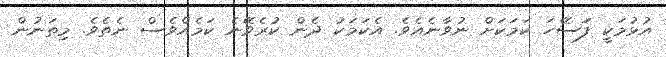
އުޅުމަކީ ފަަސޭހަ ކަމަކަށް ނުވާނެއެވެ. އެކަމަކު ދެން ކުރެވޭނެ ކަމެއްވެސް ނެތެވެ. މިތަނުން